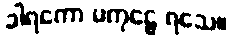
ခါရကော မကုဠေ ရသေ။